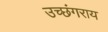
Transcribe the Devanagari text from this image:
उच्छंगराय